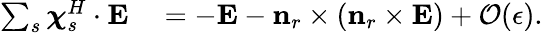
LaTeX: \begin{array}{rl}{\sum_{s}\boldsymbol{\chi}_{s}^{H}\cdot\mathbf{E}}&{{}=-\mathbf{E}-\mathbf{n}_{r}\times\left(\mathbf{n}_{r}\times\mathbf{E}\right)+\mathcal{O}(\epsilon).}\end{array}